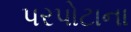
પરપોટાના